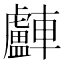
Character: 𨏧